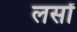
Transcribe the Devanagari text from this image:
लसों